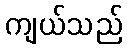
ကျယ်သည်